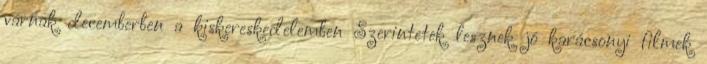
várnak decemberben a kiskereskedelemben Szerintetek lesznek jó karácsonyi filmek